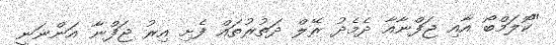
"ކޮލަމްބޯ އާއި ޖަފްނާއާ ދެމެދު ރޭލް ދަތުރުތައް ފެށި އިރު ޖަފްނާ އަންނަނީ